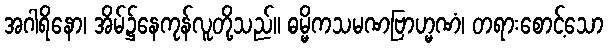
အဂါရိနော၊ အိမ်၌နေကုန်လူတို့သည်။ ဓမ္မိကသမဏဗြာဟ္မဏံ၊ တရားစောင့်သော